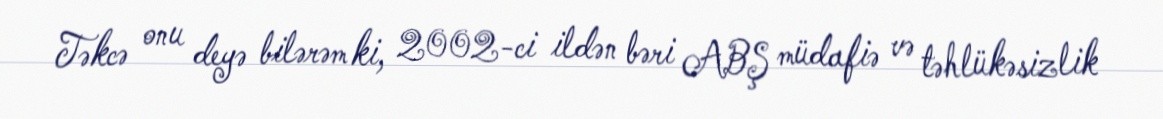
Təkcə onu deyə bilərəm ki, 2002-ci ildən bəri ABŞ müdafiə və təhlükəsizlik